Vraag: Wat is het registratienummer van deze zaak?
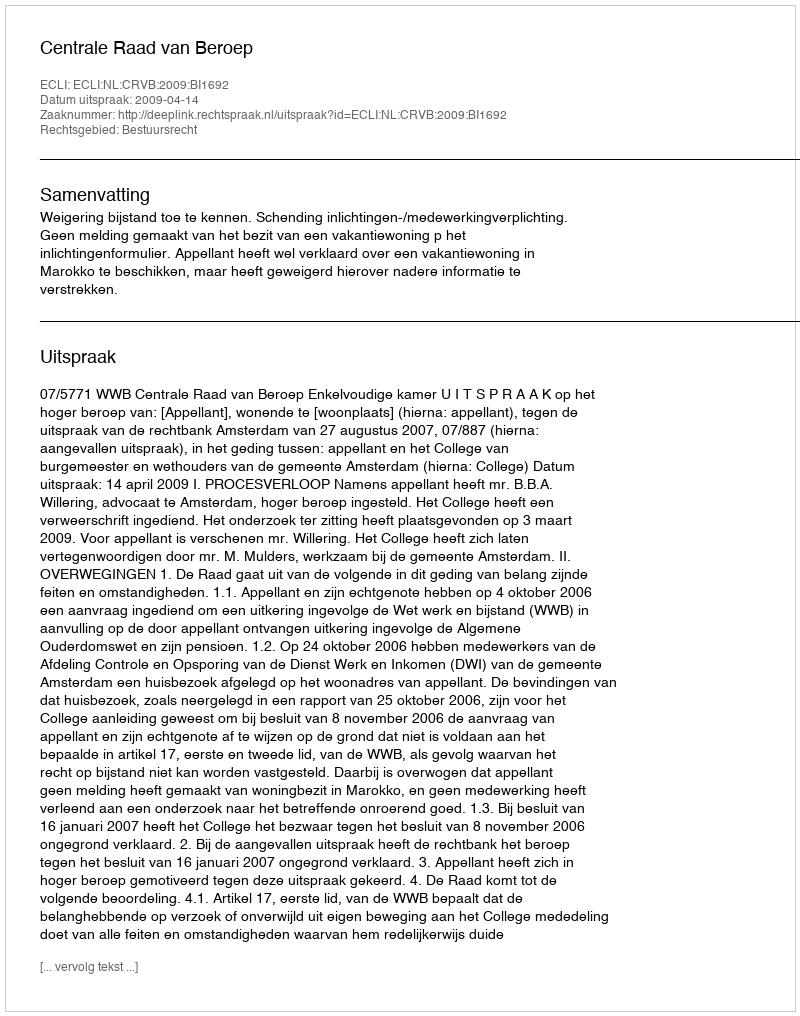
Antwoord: http://deeplink.rechtspraak.nl/uitspraak?id=ECLI:NL:CRVB:2009:BI1692